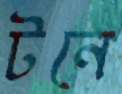
টনে